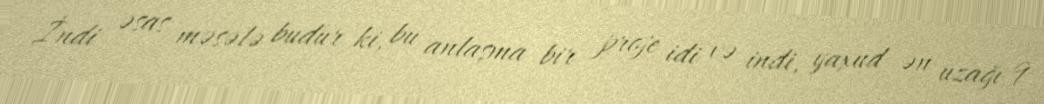
İndi əsas məsələ budur ki, bu anlaşma bir proje idi və indi, yaxud ən uzağı 9